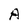
Character: A